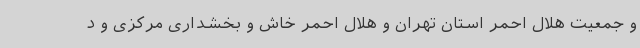
و جمعیت هلال احمر استان تهران و هلال احمر خاش و بخشداری مرکزی و د